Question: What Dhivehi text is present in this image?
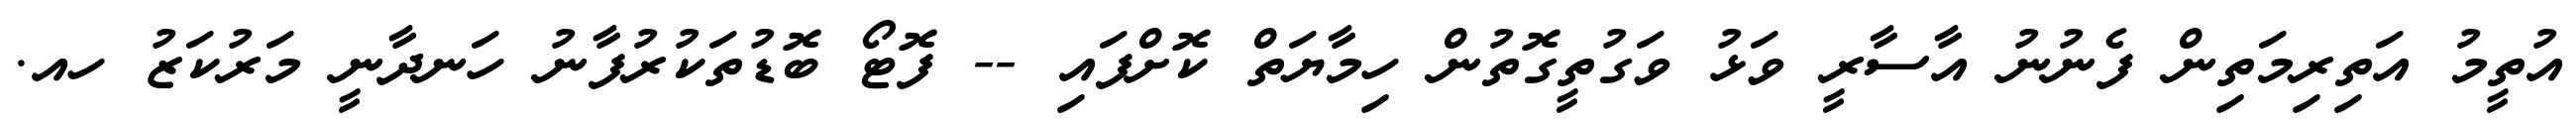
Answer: އުތީމު އަތިރިމަތިން ފެނުނު އާސާރީ ވަޅު ވަގުތީގޮތުން ހިމާޔަތް ކޮށްފައި -- ފޮޓޯ ބޮޑުތަކުރުފާނު ހަނދާނީ މަރުކަޒު ހއ.